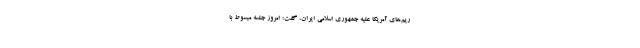
ریم‌های آمریکا علیه جمهوری اسلامی ایران، گفت: امروز جلسه مبسوط با